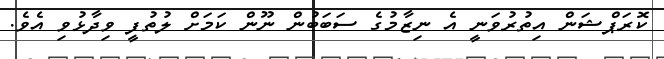
ކޮރަޕްޝަން އިތުރުވަނީ އެ ނިޒާމުގެ ސަބަބުން ނޫން ކަމަށް ލުތުފީ ވިދާޅުވި އެވެ.